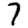
Digit: 7